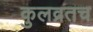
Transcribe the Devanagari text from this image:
कुलव्रतच